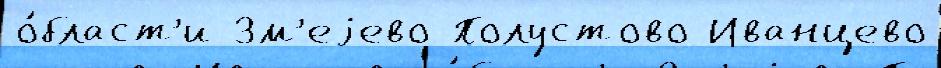
о́бласт'и Зм'еjево Полустово Иванцево